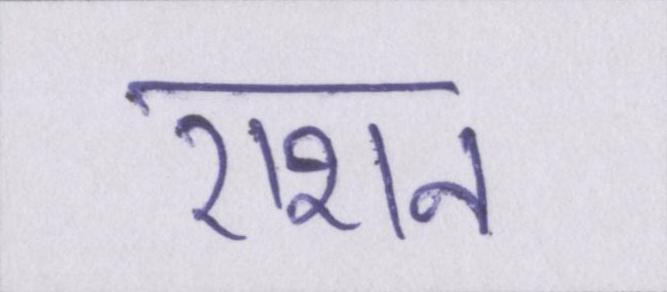
राशन